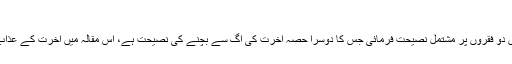
آخرت میں عذاب کے اسباب | welayatnet.com
خلاصہ: حضرت امام محمد تقی (علیہ السلام) نے جامع اور مختصر الفاظ میں دو فقروں پر مشتمل نصیحت فرمائی جس کا دوسرا حصہ آخرت کی آگ سے بچنے کی نصیحت ہے، اس مقالہ میں آخرت کے عذاب کے بعض اسباب کا تذکرہ کیا ہے اور ساتھ مختصر وضاحت بھی کی ہے۔